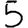
Digit: 5